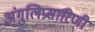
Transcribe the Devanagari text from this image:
अंगुलिप्रसारिणी